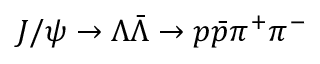
J / \psi \to \Lambda \bar { \Lambda } \to p \bar { p } \pi ^ { + } \pi ^ { - }